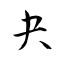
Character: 夬